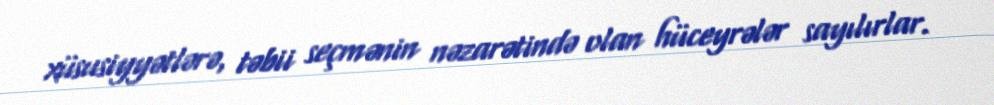
xüsusiyyətlərə, təbii seçmənin nəzarətində olan hüceyrələr sayılırlar.